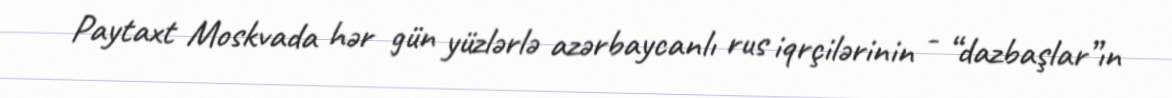
Paytaxt Moskvada hər gün yüzlərlə azərbaycanlı rus iqrçilərinin - “dazbaşlar”ın